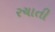
રચાતી